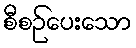
စီစဉ်ပေးသော